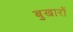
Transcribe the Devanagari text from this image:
बुखारों